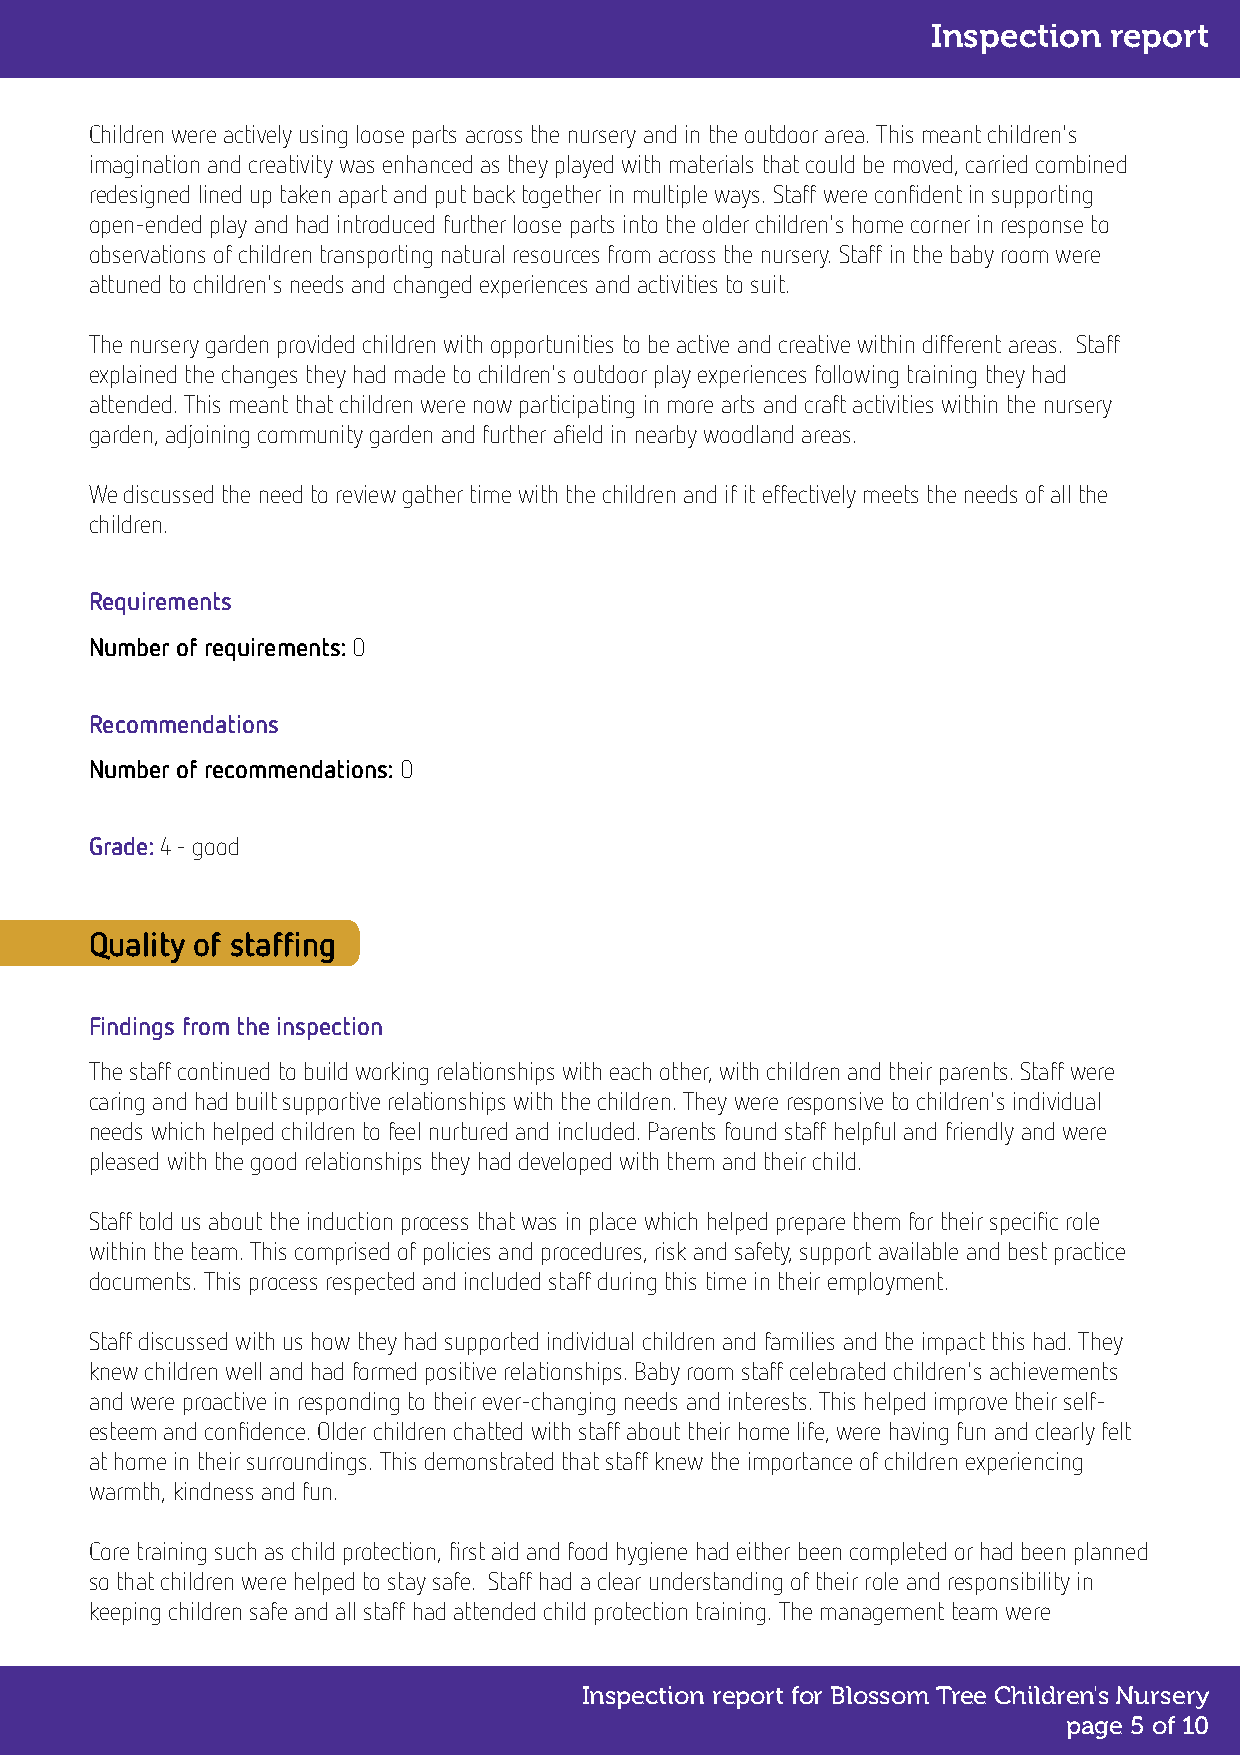
Inspection report
 Children were actively using loose parts across the nursery and in the outdoor area. This meant children's
 imagination and creativity was enhanced as they playedwith materials that could be moved, carried combined
 redesigned lined up taken apart and put back together in multiple ways. Staff were confident in supporting
 open-ended play and had introduced further loose parts into the older children's home corner in response to
 observations of children transporting natural resources from across the nursery. Staff in the baby room were
 attuned to children's needs and changed experiences and activities to suit.
 The nursery garden provided children with opportunities to be active and creative within different areas. Staff
 explained the changes they had made tochildren's outdoor play experiences following training they had
 attended.This meant that children were now participating in more arts and craft activities within the nursery
 garden, adjoining community garden and further afield in nearby woodland areas.
 We discussed the need to review gather time with the children and if it effectively meets the needs of all the
 children.
 Requirements
 Number of requirements:0
 Recommendations
 Number of recommendations:0
 Grade:4 - good
 Quality of staffing
 Findings from the inspection
 The staff continued to build working relationships with each other, with children and their parents. Staff were
 caring and had built supportive relationships with the children. They were responsive to children's individual
 needs which helped children to feel nurtured and included. Parents found staff helpful and friendly and were
 pleased with the good relationships they had developed with them and their child.
 Staff told us about the induction process that was in place which helped prepare them for their specific role
 within the team. This comprised of policies and procedures, risk and safety, support available and best practice
 documents. This process respected and included staff during this time in their employment.
 Staff discussed with us how they had supported individual children and families and the impact this had. They
 knew children well and had formed positive relationships. Baby room staff celebrated children's achievements
 and were proactive in responding to their ever-changing needs and interests. This helped improve their self-
 esteem and confidence. Older children chatted with staff about their home life, were having fun and clearly felt
 at home in their surroundings. This demonstrated that staff knew the importance of children experiencing
 warmth, kindness and fun.
 Core training such as child protection, first aid and food hygiene had either been completed or had been planned
 so that children were helped to stay safe. Staff had a clear understanding of their role and responsibility in
 keeping children safe and all staff had attended child protection training. The management team were
 Inspection report for Blossom Tree Children's Nursery
 page 5 of 10